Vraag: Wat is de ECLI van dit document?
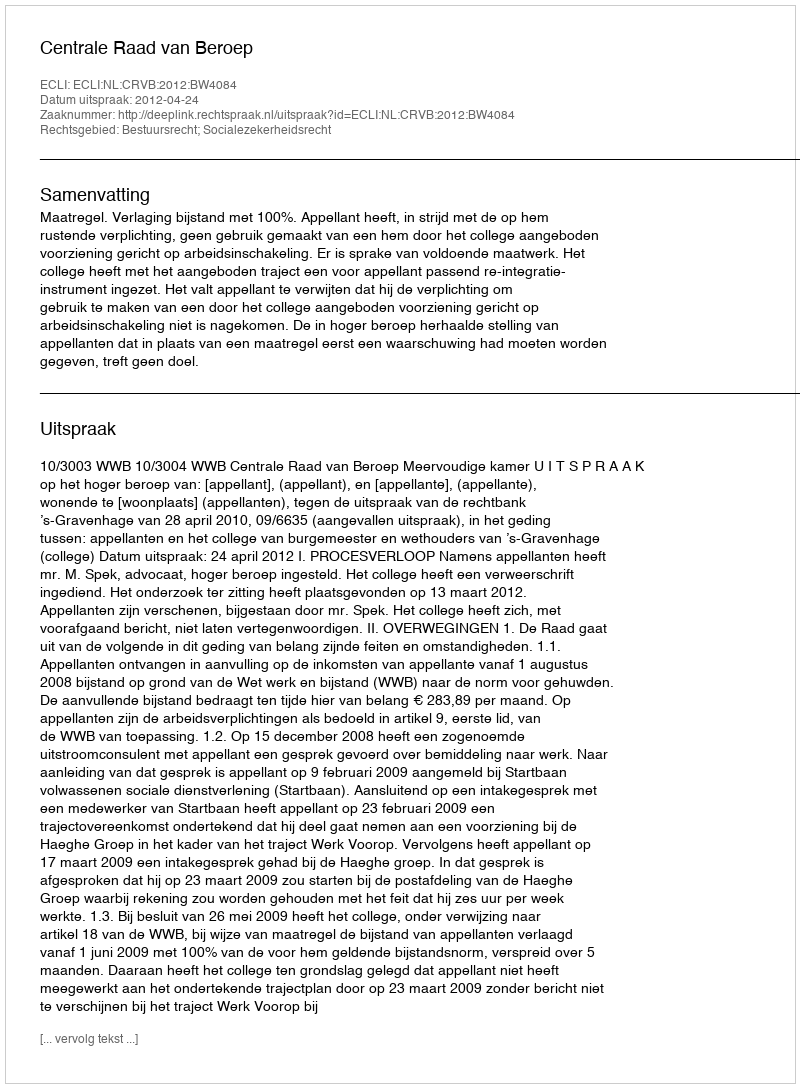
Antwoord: ECLI:NL:CRVB:2012:BW4084